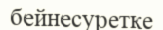
бейнесуретке